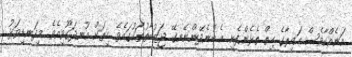
އަނެއްކާވެސް އައިރާގެ ހިތް ތެޅެންފެށީ އެ ބުނެދޭންނޭނގޭ ޖަޒުބާތުތަކުގައެވެ. ހިތަށް އުނދަގޫވިއެވެ. މިދަނޑިވަޅު